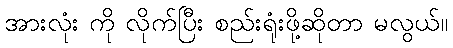
အားလုံး ကို လိုက်ပြီး စည်းရုံးဖို့ဆိုတာ မလွယ်။